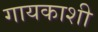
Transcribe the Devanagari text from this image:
गायकाशी